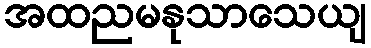
အထညမနုသာသေယျ